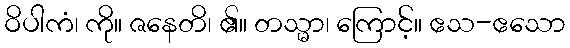
ဝိပါကံ၊ ကို။ ဇနေတိ၊ ၏။ တသ္မာ၊ ကြောင့်။ ဧသ-ဧသော